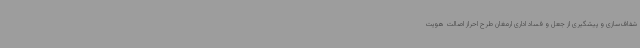
شفاف‌سازی و پیشگیری از جعل و فساد اداری ارمغان طرح احراز اصالت هویت